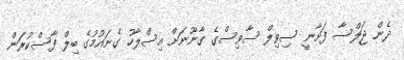
ދެން ޖަލްސާ ފަށާނީ ސިވިލް ސާވިސްގެ ގާނޫނަށް އިސްލާހު ގެނައުމުގެ ބިލް ފާސްކުރަން